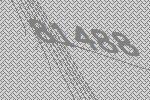
81488